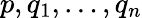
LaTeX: p,q_{1},\ldots,q_{n}